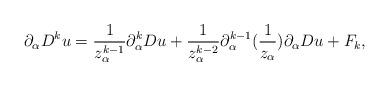
LaTeX: \begin{align*}\partial_{\alpha} D^k u=\frac{1}{z_{\alpha}^{k-1}}\partial_{\alpha}^k D u+\frac{1}{z_{\alpha}^{k-2}}\partial_{\alpha}^{k-1}(\frac{1}{z_{\alpha}})\partial_{\alpha}Du+F_k,\end{align*}